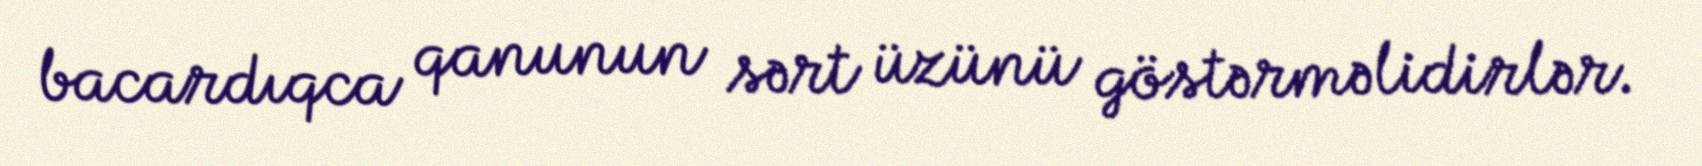
bacardıqca qanunun sərt üzünü göstərməlidirlər.